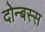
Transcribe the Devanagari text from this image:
दोन्बस्स